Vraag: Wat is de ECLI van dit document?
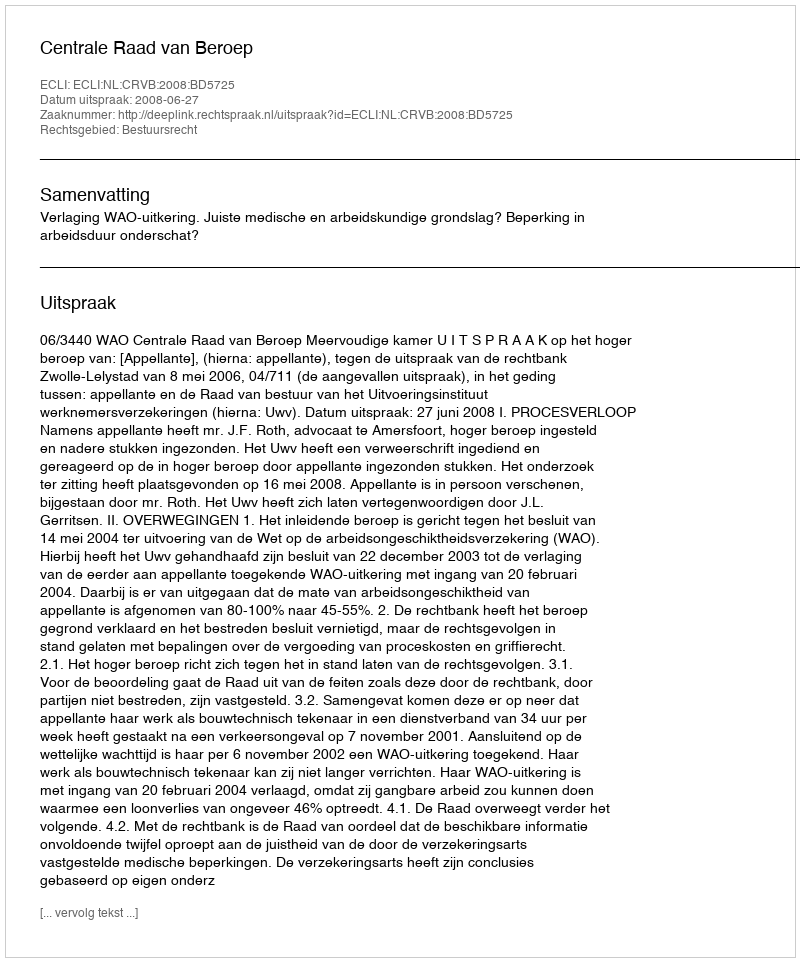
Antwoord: ECLI:NL:CRVB:2008:BD5725